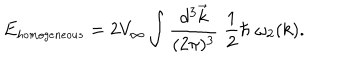
E _ { \small h o m o g e n e o u s } = 2 V _ { \infty } \int { \frac { d ^ { 3 } \vec { k } } { ( 2 \pi ) ^ { 3 } } } \; { \frac { 1 } { 2 } } \hbar \; \omega _ { 2 } ( k ) .